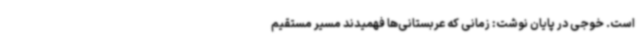
است. خوجی در پایان نوشت: زمانی که عربستانی‌ها فهمیدند مسیر مستقیم